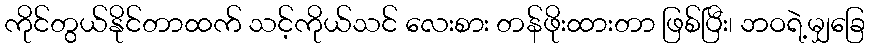
ကိုင်တွယ်နိုင်တာထက် သင့်ကိုယ်သင် လေးစား တန်ဖိုးထားတာ ဖြစ်ပြီး၊ ဘဝရဲ့မျှခြေ